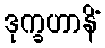
ဒုက္ခဟာနိံ